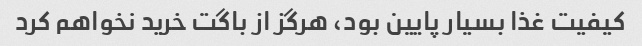
کیفیت غذا بسیار پایین بود، هرگز از باگت خرید نخواهم کرد